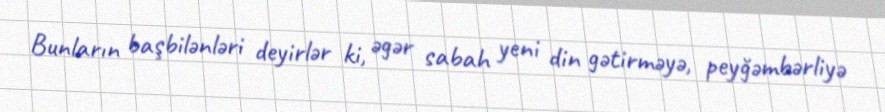
Bunların başbilənləri deyirlər ki, əgər sabah yeni din gətirməyə, peyğəmbərliyə